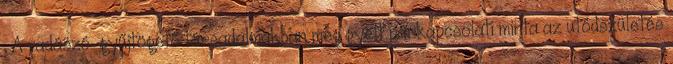
. A vadászó-gyűjtögető társadalmakban megﬁgyelt párkapcsolati minta az utódszületés